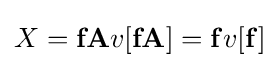
X=\mathbf {fA} v[\mathbf {fA} ]=\mathbf {f} v[\mathbf {f} ]